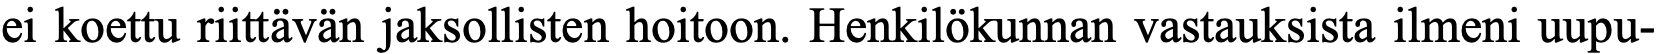
ei koettu riittävän jaksollisten hoitoon. Henkilökunnan vastauksista ilmeni uupu-